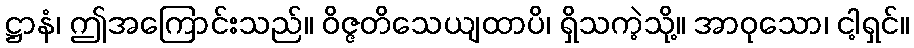
ဋ္ဌာနံ၊ ဤအကြောင်းသည်။ ဝိဇ္ဇတိသေယျထာပိ၊ ရှိသကဲ့သို့။ အာဝုသော၊ ငါ့ရှင်။